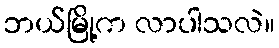
ဘယ်မြို့က လာပါသလဲ။